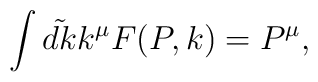
\int\tilde{dk} k^{\mu} F(P, k) = P^{\mu},